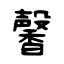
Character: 馨